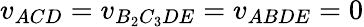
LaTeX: v_{ACD}=v_{B_{2}C_{3}DE}=v_{ABDE}=0